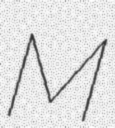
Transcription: M